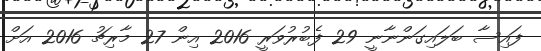
ފައިސާ ބަލައިގަންނާނީ 29 ފެބުރުވަރީ 2016 އިން 27 މާރިޗު 2016 އަށް